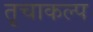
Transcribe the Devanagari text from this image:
तृचाकल्प